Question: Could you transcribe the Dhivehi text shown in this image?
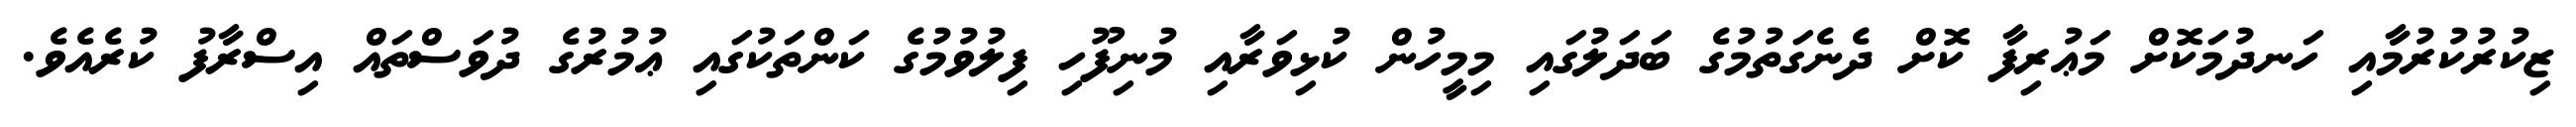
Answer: ޒިކުރުކުރުމާއި ހަނދުމަކޮށް މަޢުރިފާ ކޮށް ދެނެގަތުމުގެ ބަދަލުގައި މިމީހުން ކުޅިވަރާއި މުނިފޫހި ފިލުވުމުގެ ކަންތަކުގައި ޢުމުރުގެ ދުވަސްތައް އިސްރާފު ކުރެއެވެ.